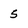
Character: 5